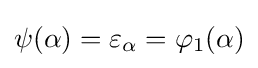
\psi (\alpha )=\varepsilon _{\alpha }=\varphi _{1}(\alpha )